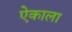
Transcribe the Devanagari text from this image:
ऐकाला